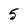
Character: 5